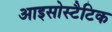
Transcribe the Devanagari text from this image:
आइसोस्टैटिक